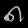
Digit: ၈